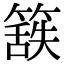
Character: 𮆃